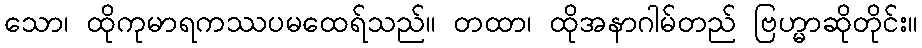
သော၊ ထိုကုမာရကဿပမထေရ်သည်။ တထာ၊ ထိုအနာဂါမ်တည် ဗြဟ္မာဆိုတိုင်း။